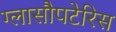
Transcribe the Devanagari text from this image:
ग्लासौपटेरिस